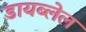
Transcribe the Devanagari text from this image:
डायब्लेल